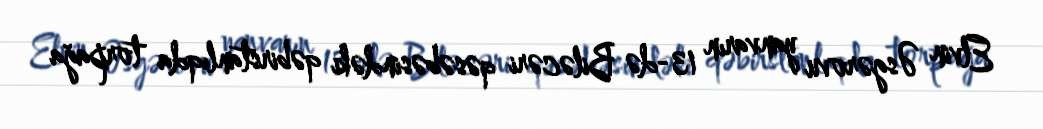
Elvin Əsgərovu yanvarın 13-də Biləcəri qəsəbəsindəki qəbirstanlıqda torpağa